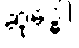
ဆုဒ္ဓေါ